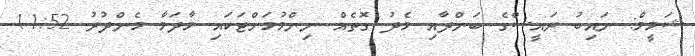
ޝަމީމް: ނައިބު ރައީސްގެ ބަންދާއި މެދު ގޮތެއް ނިންމުމަށްޓަކައި މާދަމާ މެންދުރު 11:52